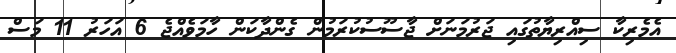
އެމެރިކާ ސިއްރިޔާތުގައި ޖަރުމަނަށް ޖާސޫސުކުރަމުން ގެންދާކަން ހާމަވެއްޖެ 6 އަހަރު 11 މަސް